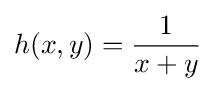
h(x,y)={\frac {1}{x+y}}